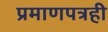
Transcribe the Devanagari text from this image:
प्रमाणपत्रही